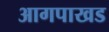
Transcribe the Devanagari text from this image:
आगपाखड